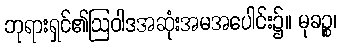
ဘုရားရှင်၏ဩဝါဒအဆုံးအမအပေါင်း၌။ မုခဉ္စ၊